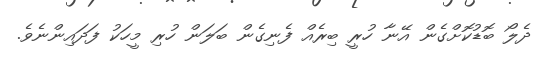
ދެލޯ ބޮޑުކޮށްގެން އޭނާ ހުރީ ބިރެއް ފެނިގެން ބަލަން ހުރި މީހަކު ފަދައިންނެވެ.